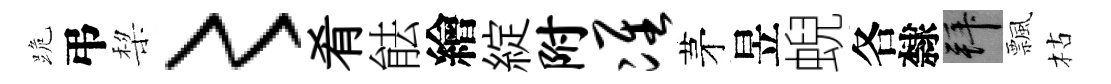
跪弔棃〻肴䏻繪綻附准茅昱蜺各隸拜飄枯